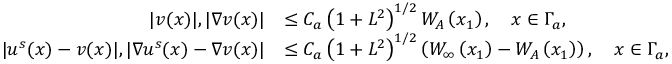
\begin{array} { r l } { | v ( x ) | , | \nabla v ( x ) | } & { \leq C _ { a } \left( 1 + L ^ { 2 } \right) ^ { 1 / 2 } W _ { A } \left( x _ { 1 } \right) , \quad x \in \Gamma _ { a } , } \\ { | u ^ { s } ( x ) - v ( x ) | , | \nabla u ^ { s } ( x ) - \nabla v ( x ) | } & { \leq C _ { a } \left( 1 + L ^ { 2 } \right) ^ { 1 / 2 } \left( W _ { \infty } \left( x _ { 1 } \right) - W _ { A } \left( x _ { 1 } \right) \right) , \quad x \in \Gamma _ { a } , } \end{array}